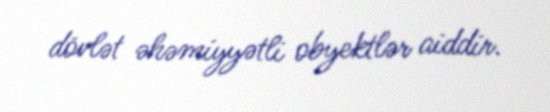
dövlət əhəmiyyətli obyektlər aiddir.